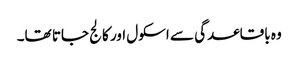
وہ باقاعدگی سے اسکول اور کالج جاتا تھا۔